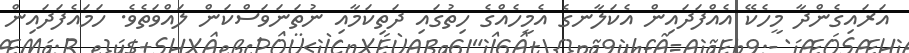
އަރައިގެންދާ މީހެކޭ އެއްފަދައިން އެކަލާނގެ އެމީހެއްގެ ހިތުގައި ދަތިކަމާއި ނުތަނަވަސްކަން ލައްވަތެވެ. ހަމައެފަދައިން